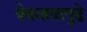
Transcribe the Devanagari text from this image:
बेबनावापुढे